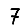
Digit: 7